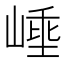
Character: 𭖼